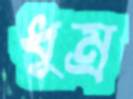
ধুম্র